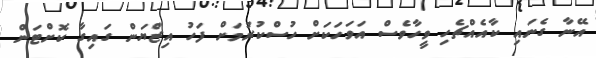
އޭނާ ގެނައި ކާއެއްޗެހި ވީހާވެސް އަވަހަކަށް ހުސްކުރުމަށް ފަހު އިޒްޔަން ގައިގާ ކޮށްޓަން